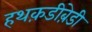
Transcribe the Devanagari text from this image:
हथक़डीब़ेडी